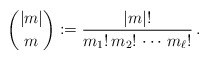
\begin{align*}\binom{|m|}{m} := \frac{|m|!}{m_{1}!\, m_{2}!\,\cdots\, m_{\ell}!}\,.\end{align*}